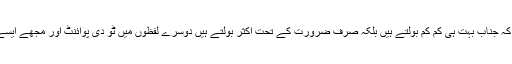
ویسے یہ بات ٹھیک ہے کہ جناب بہت ہی کم کم بولتے ہیں بلکہ صرف ضرورت کے تحت اکثر بولتے ہیں دوسرے لفظوں میں ٹو دی پوائنٹ اور مجھے ایسے لوگوں سے ڈر لگتا ہے۔